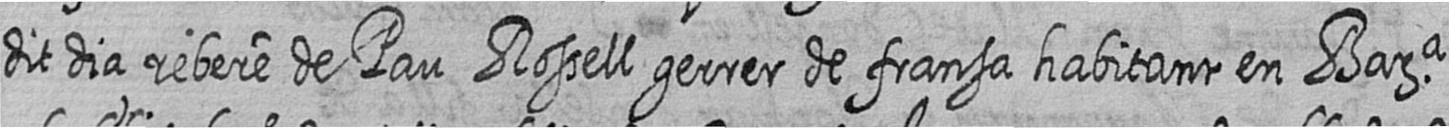
dit dia rebere de Pau Rossell gerrer de fransa habitant en Bara